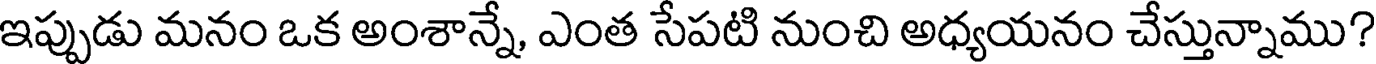
ఇప్పుడు మనం ఒక అంశాన్నే, ఎంత సేపటి నుంచి అధ్యయనం చేస్తున్నాము?